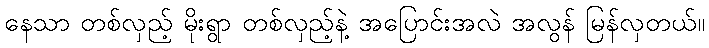
နေသာ တစ်လှည့် မိုးရွာ တစ်လှည့်နဲ့ အပြောင်းအလဲ အလွန် မြန်လှတယ်။